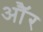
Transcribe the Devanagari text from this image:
औॅर